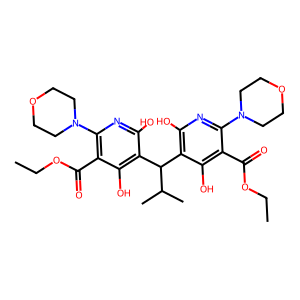
SMILES: CCOC(=O)c1c(N2CCOCC2)nc(O)c(C(c2c(O)nc(N3CCOCC3)c(C(=O)OCC)c2O)C(C)C)c1O
Inhibits HIV replication: No